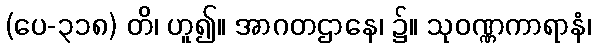
(ပေ-၃၁၈) တိ၊ ဟူ၍။ အာဂတဌာနေ၊ ၌။ သုဝဏ္ဏကာရာနံ၊